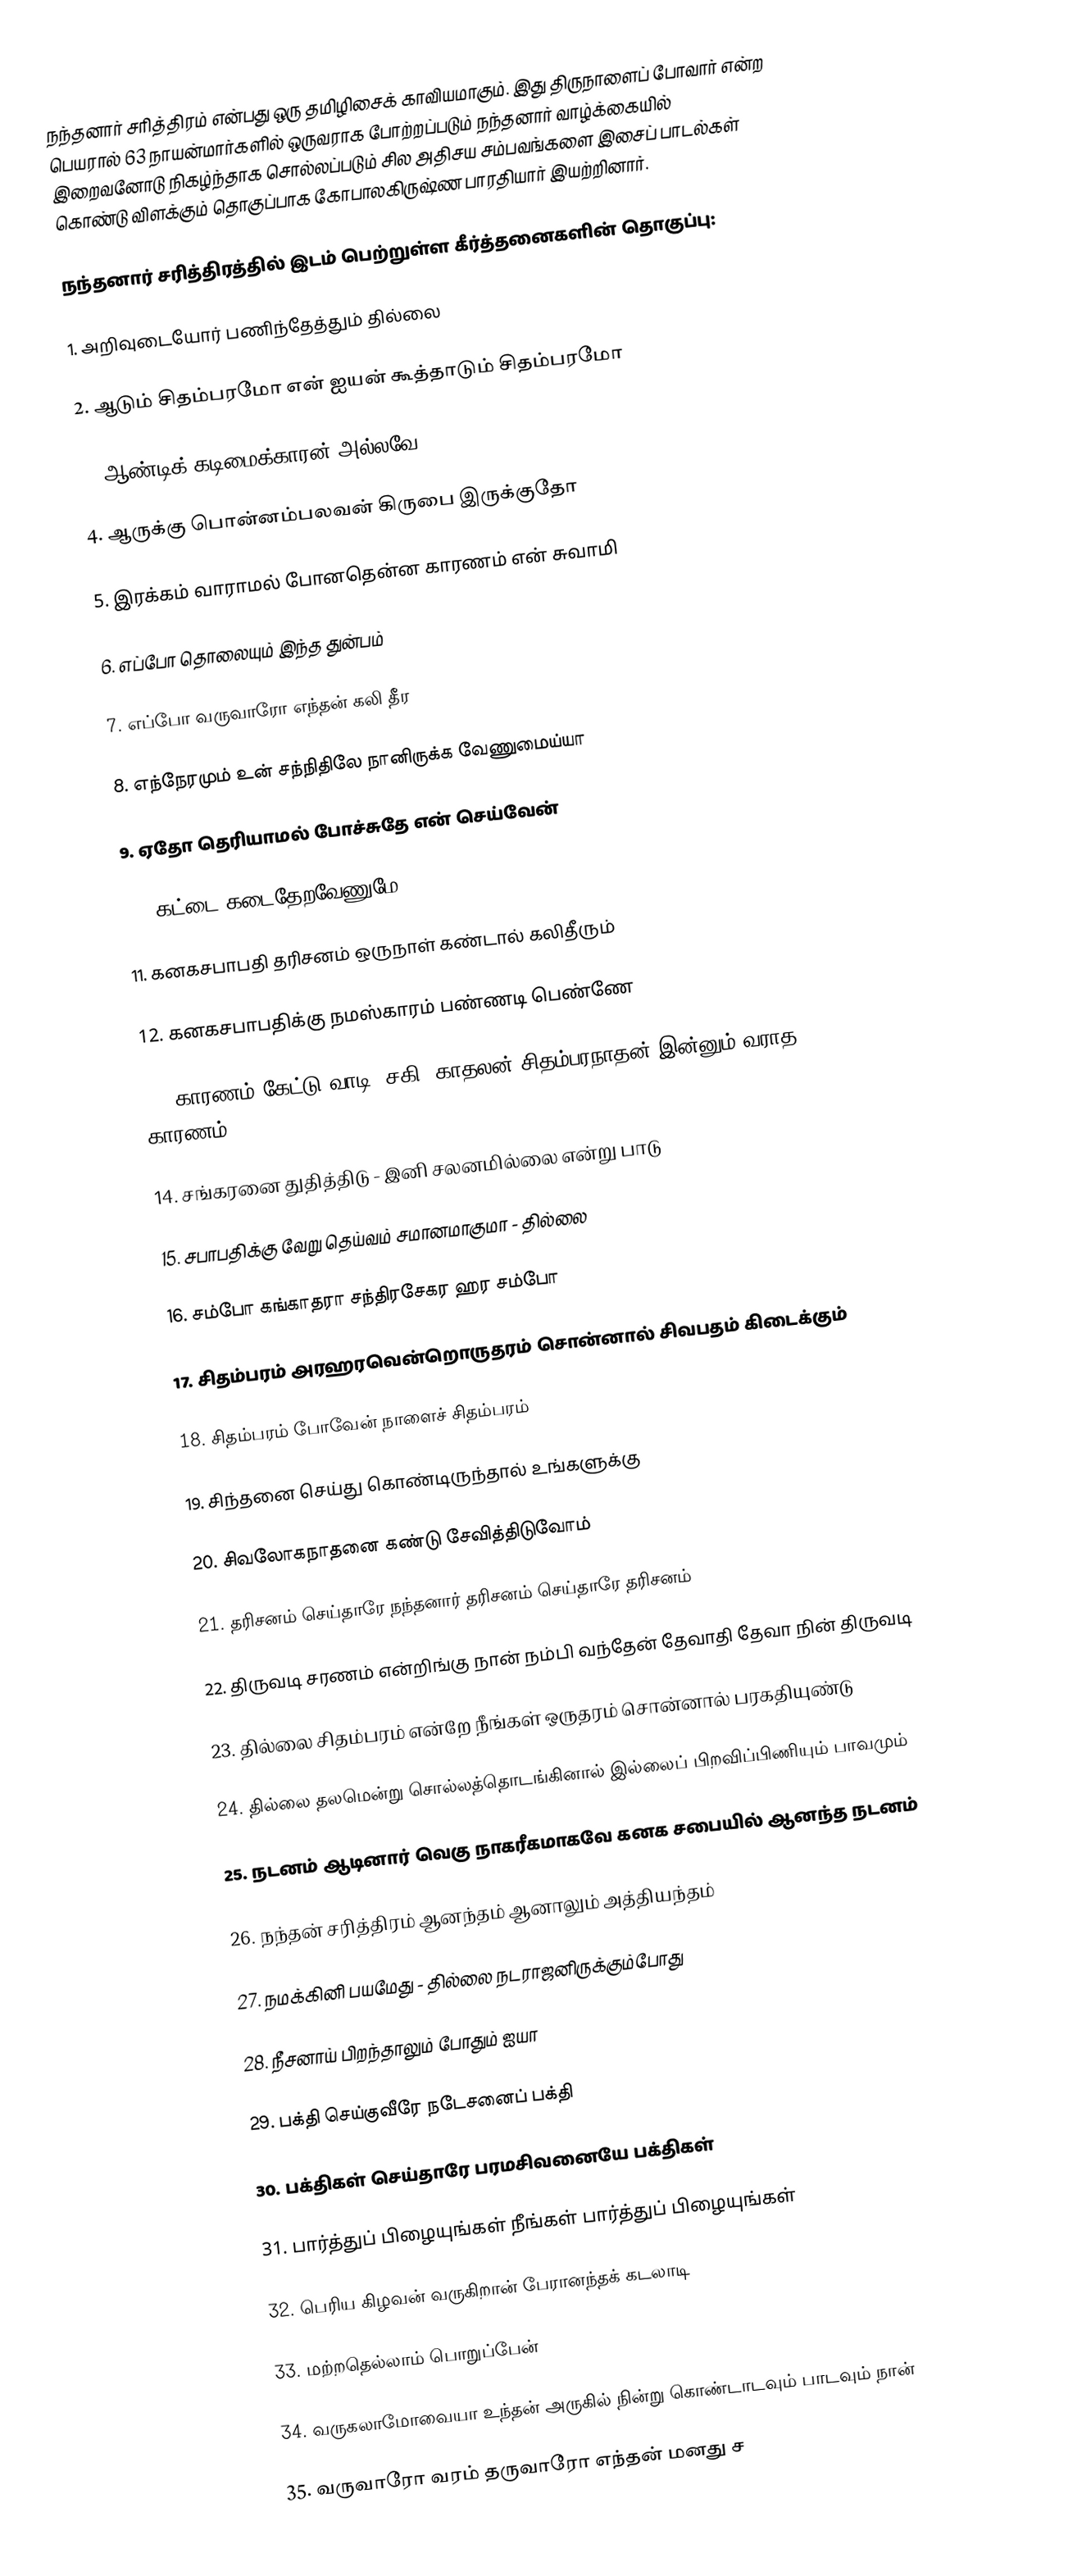
நந்தனார் சரித்திரம் என்பது ஒரு தமிழிசைக் காவியமாகும். இது திருநாளைப் போவார் என்ற பெயரால் 63 நாயன்மார்களில் ஒருவராக போற்றப்படும் நந்தனார் வாழ்க்கையில் இறைவனோடு நிகழ்ந்தாக சொல்லப்படும் சில அதிசய சம்பவங்களை இசைப் பாடல்கள் கொண்டு விளக்கும் தொகுப்பாக கோபாலகிருஷ்ண பாரதியார் இயற்றினார்.

நந்தனார் சரித்திரத்தில் இடம் பெற்றுள்ள கீர்த்தனைகளின் தொகுப்பு:

1. அறிவுடையோர் பணிந்தேத்தும் தில்லை

2. ஆடும் சிதம்பரமோ என் ஐயன் கூத்தாடும் சிதம்பரமோ

3. ஆண்டிக் கடிமைக்காரன் அல்லவே

4. ஆருக்கு பொன்னம்பலவன் கிருபை இருக்குதோ

5. இரக்கம் வாராமல் போனதென்ன காரணம் என் சுவாமி

6. எப்போ தொலையும் இந்த துன்பம்

7. எப்போ வருவாரோ எந்தன் கலி தீர

8. எந்நேரமும் உன் சந்நிதிலே நானிருக்க வேணுமைய்யா

9. ஏதோ தெரியாமல் போச்சுதே என் செய்வேன்

10. கட்டை கடைதேறவேணுமே

11. கனகசபாபதி தரிசனம் ஒருநாள் கண்டால் கலிதீரும்

12. கனகசபாபதிக்கு நமஸ்காரம் பண்ணடி பெண்ணே

13. காரணம் கேட்டு வாடி (சகி) காதலன் சிதம்பரநாதன் இன்னும் வராத காரணம்

14. சங்கரனை துதித்திடு - இனி சலனமில்லை என்று பாடு

15. சபாபதிக்கு வேறு தெய்வம் சமானமாகுமா - தில்லை

16. சம்போ கங்காதரா சந்திரசேகர ஹர சம்போ

17. சிதம்பரம் அரஹரவென்றொருதரம் சொன்னால் சிவபதம் கிடைக்கும்

18. சிதம்பரம் போவேன் நாளைச் சிதம்பரம்

19. சிந்தனை செய்து கொண்டிருந்தால் உங்களுக்கு

20. சிவலோகநாதனை கண்டு சேவித்திடுவோம்

21. தரிசனம் செய்தாரே நந்தனார் தரிசனம் செய்தாரே தரிசனம்

22. திருவடி சரணம் என்றிங்கு நான் நம்பி வந்தேன் தேவாதி தேவா நின் திருவடி

23. தில்லை சிதம்பரம் என்றே நீங்கள் ஒருதரம் சொன்னால் பரகதியுண்டு

24. தில்லை தலமென்று சொல்லத்தொடங்கினால் இல்லைப் பிறவிப்பிணியும் பாவமும்

25. நடனம் ஆடினார் வெகு நாகரீகமாகவே கனக சபையில் ஆனந்த நடனம்

26. நந்தன் சரித்திரம் ஆனந்தம் ஆனாலும் அத்தியந்தம்

27. நமக்கினி பயமேது - தில்லை நடராஜனிருக்கும்போது

28. நீசனாய் பிறந்தாலும் போதும் ஐயா

29. பக்தி செய்குவீரே நடேசனைப் பக்தி

30. பக்திகள் செய்தாரே பரமசிவனையே பக்திகள்

31. பார்த்துப் பிழையுங்கள் நீங்கள் பார்த்துப் பிழையுங்கள்

32. பெரிய கிழவன் வருகிறான் பேரானந்தக் கடலாடி

33. மற்றதெல்லாம் பொறுப்பேன்

34. வருகலாமோவையா உந்தன் அருகில் நின்று கொண்டாடவும் பாடவும் நான்

35. வருவாரோ வரம் தருவாரோ எந்தன் மனது ச